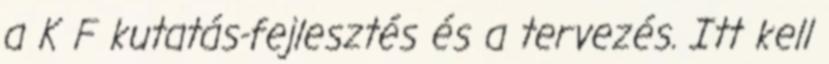
a K F kutatás-fejlesztés és a tervezés. Itt kell